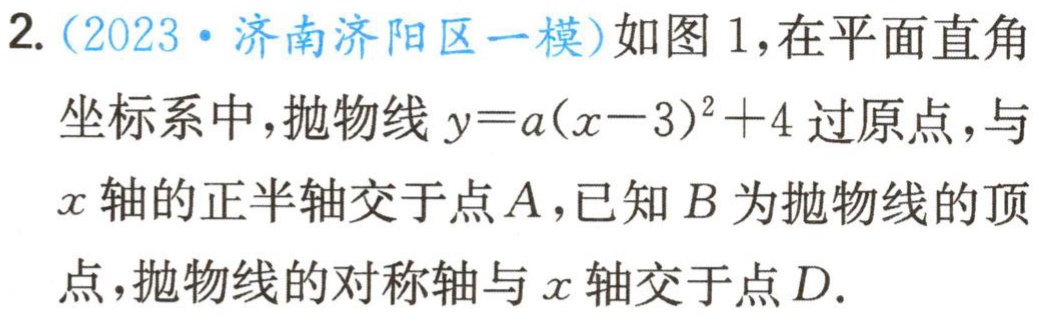
2.（2023·济南济阳区一模）如图1，在平面直角坐标系中，抛物线\(y = a(x - 3)^{2}+4\)过原点，与\(x\)轴的正半轴交于点\(A\)，已知\(B\)为抛物线的顶点，抛物线的对称轴与\(x\)轴交于点\(D\).